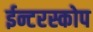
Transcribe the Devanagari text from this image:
ईन्टरस्कोप